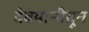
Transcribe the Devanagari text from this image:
देवयानीतून